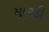
મારડી